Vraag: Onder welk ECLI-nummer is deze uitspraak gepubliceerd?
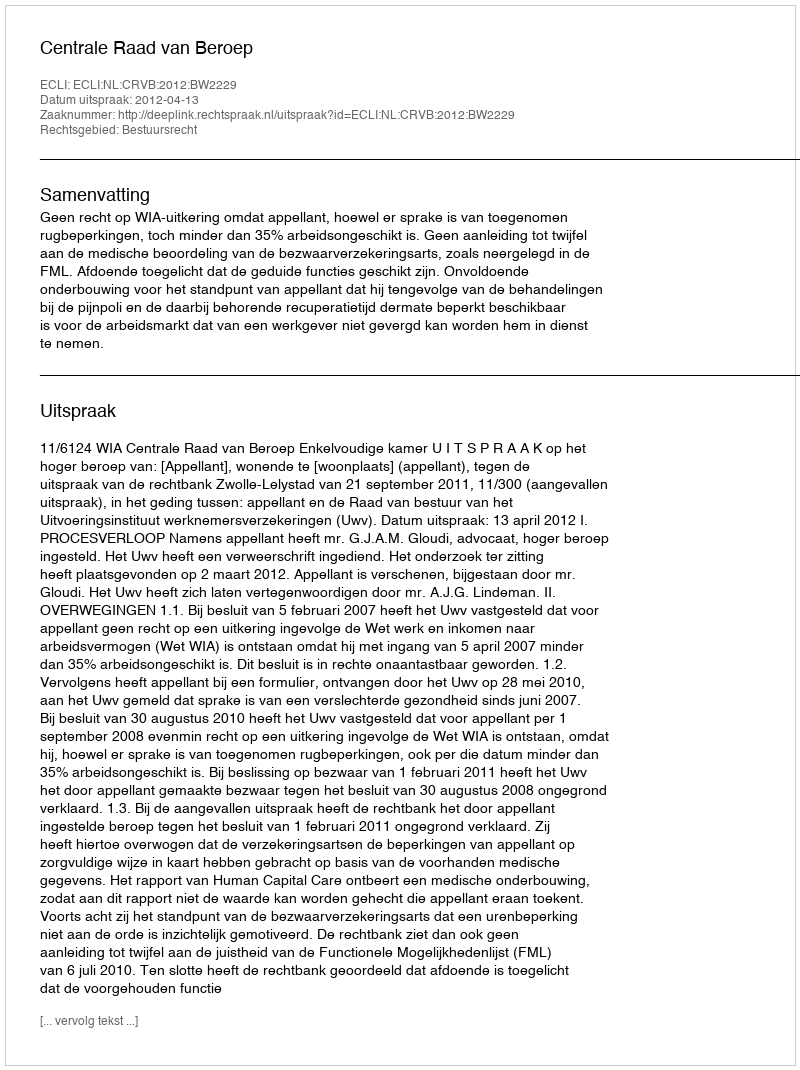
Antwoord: ECLI:NL:CRVB:2012:BW2229